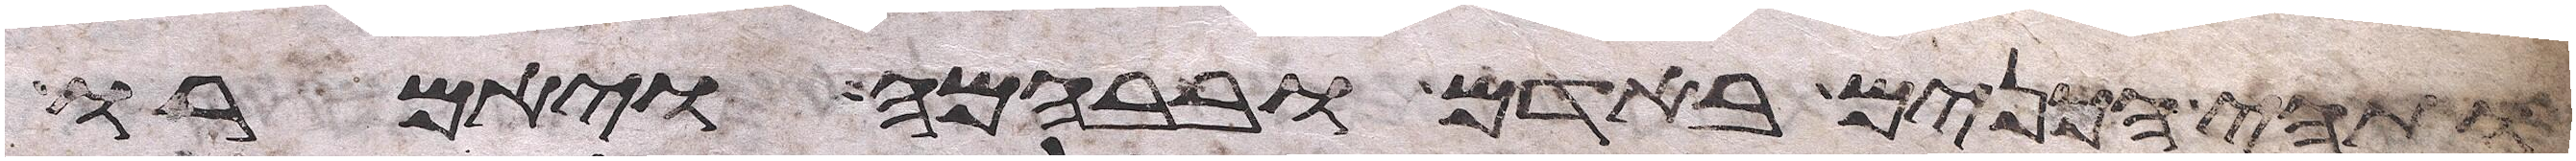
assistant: ותהי הכנים באדם ובבהמה ויאמרו